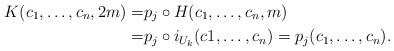
LaTeX: \begin{align*}K(c_1,\dots,c_n,2m)= &p_j \circ H (c_1,\dots,c_n,m) \\= &p_j \circ i_{U_k}(c1,\dots,c_n)=p_j(c_1,\dots,c_n).\end{align*}